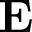
\mathbf { E }